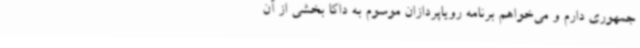
جمهوری دارم و می‌خواهم برنامه رویاپردازان موسوم به داکا بخشی از آن